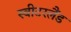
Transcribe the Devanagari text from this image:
स्‍वीटरलैंड